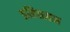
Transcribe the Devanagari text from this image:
इमिग्रसन